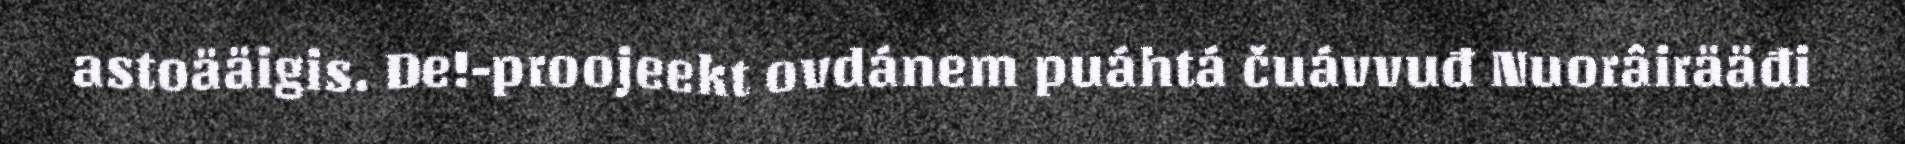
astoääigis. De!-proojeekt ovdánem puáhtá čuávvuđ Nuorâirääđi